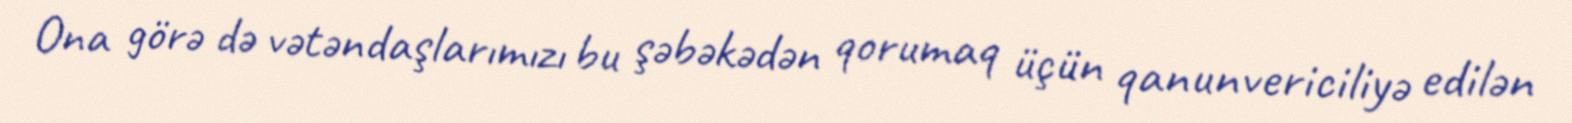
Ona görə də vətəndaşlarımızı bu şəbəkədən qorumaq üçün qanunvericiliyə edilən